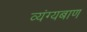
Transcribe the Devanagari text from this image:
व्यंग्यबाण